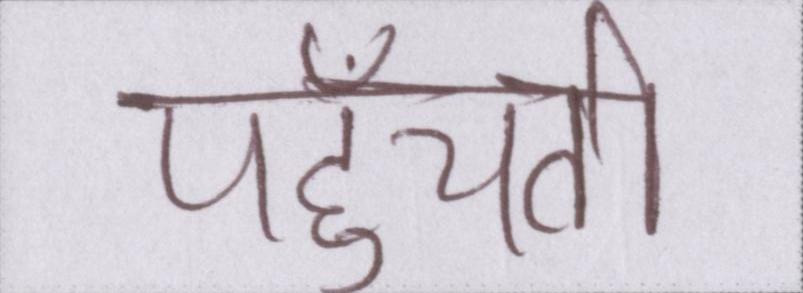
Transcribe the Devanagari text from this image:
पहुँचती